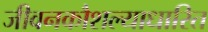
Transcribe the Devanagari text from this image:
जीवनकौशल्याधारित